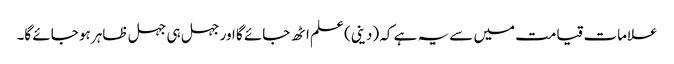
علامات قیامت میں سے یہ ہے کہ (دینی) علم اٹھ جائے گا اور جہل ہی جہل ظاہر ہو جائے گا۔